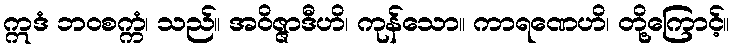
ဣဒံ ဘဝစက္ကံ၊ သည်။ အဝိဇ္ဇာဒီဟိ၊ ကုန်သော။ ကာရဏေဟိ၊ တို့ကြောင့်။